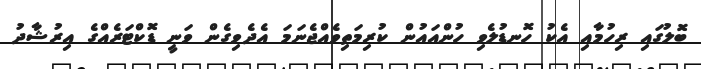
ބޮލުގައި ރިހުމާއި އެކު ހޮނޑުލެވި ހުންއައުން ކުރިމަތިވެއްޖެނަމަ އެދެވިގެން ވަނީ ޑޮކްޓަރެއްގެ އިރުޝާދު